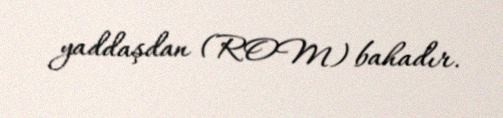
yaddaşdan (ROM) bahadır.